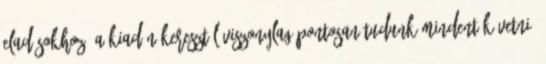
eladásokhoz? A kiadón keresztül viszonylag pontosan tudunk mindent követni.